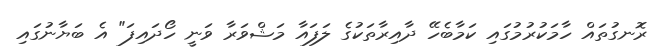
ރޮނގުތައް ހާމަކުރުމުގައި ކަމާބެހޭ ދާއިރާތަކުގެ ލަފައާ މަޝްވަރާ ވަނީ ހޯދައިފަ" އެ ބަޔާނުގައި